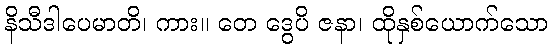
နိသီဒါပေမာတိ၊ ကား။ တေ ဒွေပိ ဇနာ၊ ထိုနှစ်ယောက်သော